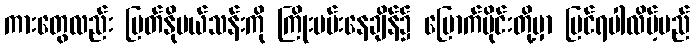
ကားတွေလည်း မြတ်နိုဗယ်သန်းကို ကြိုးပမ်းနေချိန်၌ မြောက်ပိုင်းတို့မှာ မြင်ရပါလိမ့်မည်